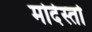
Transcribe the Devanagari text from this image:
मोदेस्तो